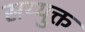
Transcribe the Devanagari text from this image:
सय्युक्त